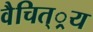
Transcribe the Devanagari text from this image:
वैचित््रय